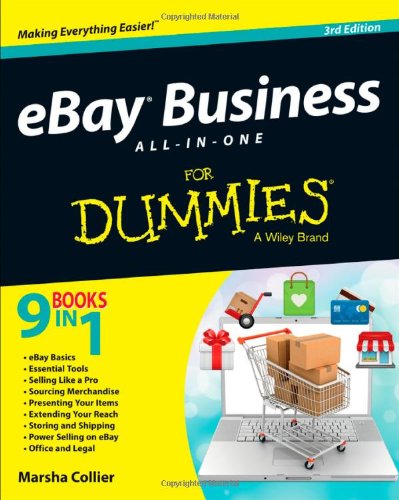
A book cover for eBay Business All-in-One For Dummies; Marsha Collier; Computers & Technology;